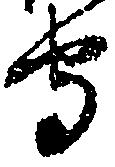
守